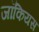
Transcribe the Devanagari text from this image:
जॉकियस